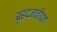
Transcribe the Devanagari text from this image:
बृहदजातीयता